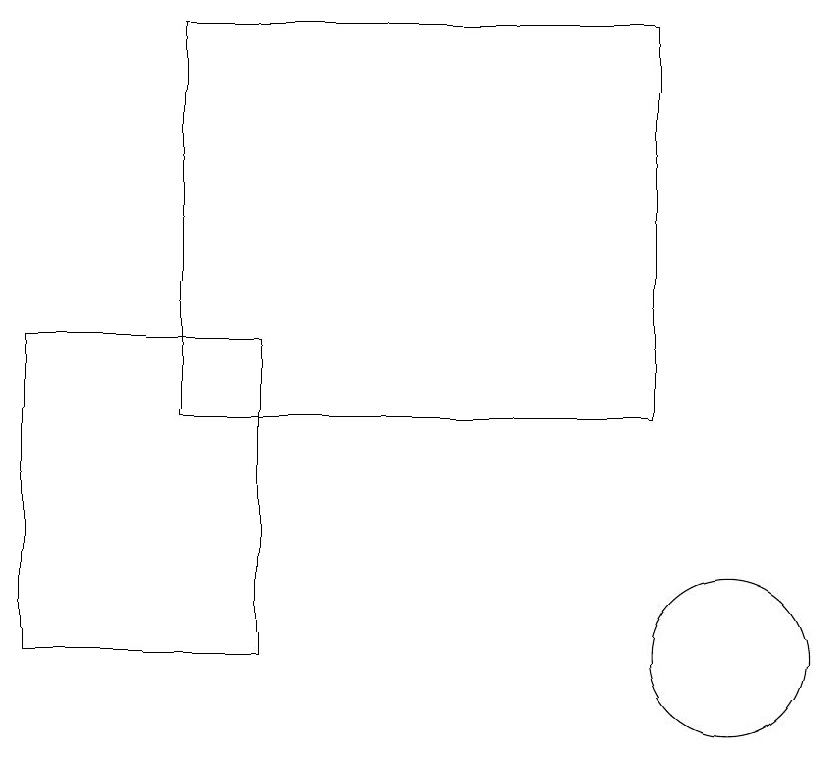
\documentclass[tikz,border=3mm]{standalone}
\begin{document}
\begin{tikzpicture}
\draw (1,14) rectangle (4,10);
\draw (9,13) rectangle (3,18);
\draw (10,10) circle (1);
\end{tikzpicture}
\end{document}